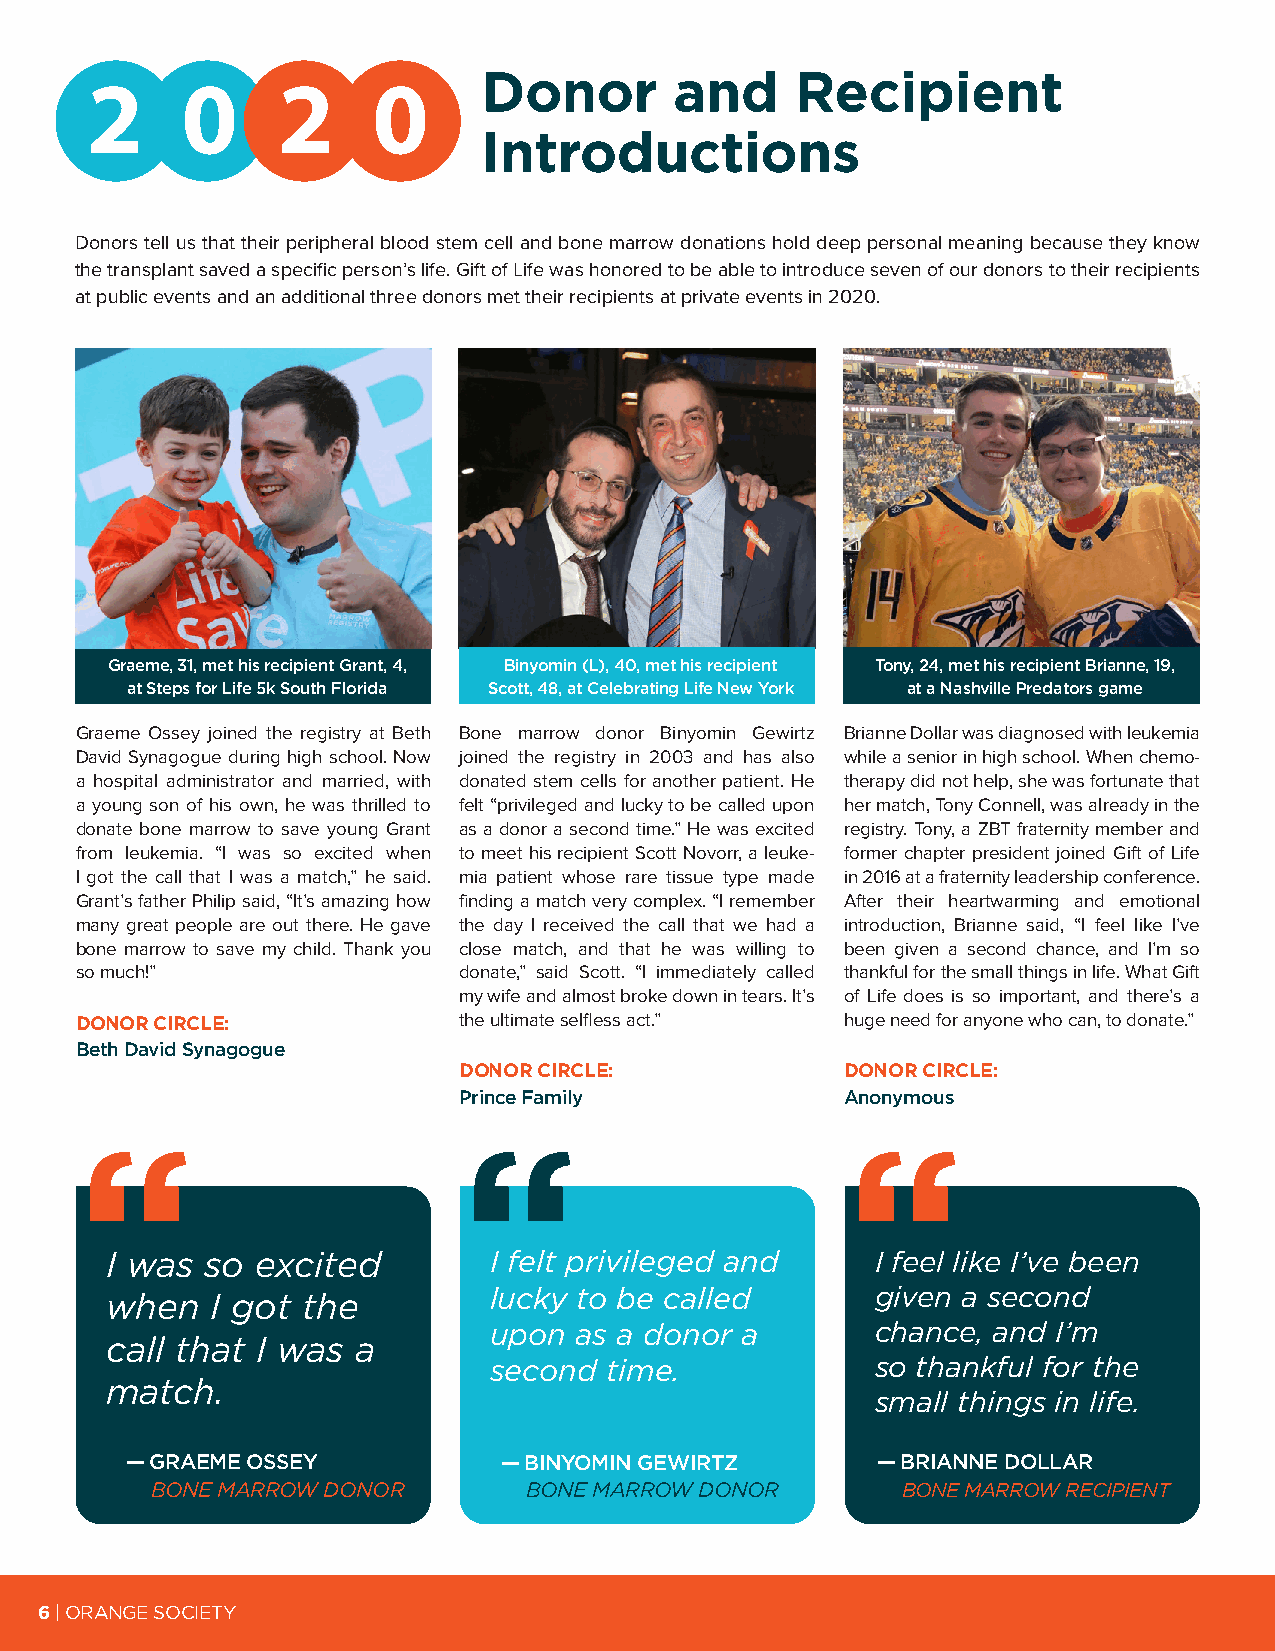
Donor        and     Recipient
 2     0     2      0
 Introductions
 Donors tell us that their peripheral blood stem cell and bone marrow donations hold deep personal meaning because they know
 the transplant saved a specific person’s life. Gift of Life was honored to be able to introduce seven of our donors to their recipients
 at public events and an additional three donors met their recipients at private events in 2020.
 Graeme, 31, met his recipient Grant, 4, Binyomin (L), 40, met his recipient Tony, 24, met his recipient Brianne, 19,
 at Steps for Life 5k South Florida Scott, 48, at Celebrating Life New York at a Nashville Predators game
 Graeme Ossey joined the registry at Beth Bone marrow donor Binyomin Gewirtz Brianne Dollar was diagnosed with leukemia
 David Synagogue during high school. Now joined the registry in 2003 and has also while a senior in high school. When chemo-
 a hospital administrator and married, with donated stem cells for another patient. He therapy did not help, she was fortunate that
 a young son of his own, he was thrilled to felt “privileged and lucky to be called upon her match, Tony Connell, was already in the
 donate bone marrow to save young Grant as a donor a second time.” He was excited registry. Tony, a ZBT fraternity member and
 from leukemia. “I was so excited when to meet his recipient Scott Novorr, a leuke- former chapter president joined Gift of Life
 I got the call that I was a match,” he said. mia patient whose rare tissue type made in 2016 at a fraternity leadership conference.
 Grant’s father Philip said, “It’s amazing how finding a match very complex. “I remember After their heartwarming and emotional
 many great people are out there. He gave the day I received the call that we had a introduction, Brianne said, “I feel like I’ve
 bone marrow to save my child. Thank you close match, and that he was willing to been given a second chance, and I’m so
 so much!”                donate,” said Scott. “I immediately called thankful for the small things in life. What Gift
 my wife and almost broke down in tears. It’s of Life does is so important, and there’s a
 DONOR CIRCLE:            the ultimate selfless act.” huge need for anyone who can, to donate.”
 Beth David Synagogue
 DONOR CIRCLE:             DONOR CIRCLE:
 Prince Family             Anonymous
 I was  so excited        I felt privileged and     I feel like I’ve been
 lucky to be called        given a second
 when   I got the
 upon  as a donor a        chance, and I’m
 call that I was  a
 second  time.             so thankful for the
 match.
 small things in life.
 — GRAEME OSSEY           — BINYOMIN GEWIRTZ       — BRIANNE DOLLAR
 BONE MARROW DONOR        BONE MARROW DONOR        BONE MARROW RECIPIENT
 6 | ORANGE SOCIETY